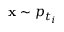
\mathbf { x } \sim p _ { t _ { i } }